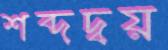
শব্দদ্বয়